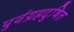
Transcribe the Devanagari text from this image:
पुर्वग्रहदुषित